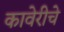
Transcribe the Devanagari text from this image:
कावेरीचे